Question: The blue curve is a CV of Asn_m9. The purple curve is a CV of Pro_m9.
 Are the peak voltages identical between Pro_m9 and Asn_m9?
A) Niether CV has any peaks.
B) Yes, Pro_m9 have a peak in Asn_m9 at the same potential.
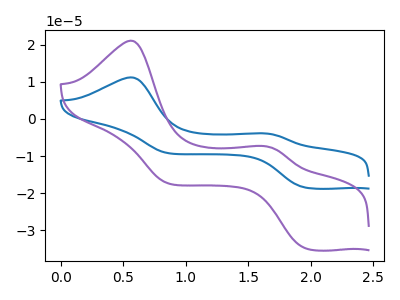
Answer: <think>The blue curve "Asn_m9" has anodic peaks at (0.55V, 11.20uA) (1.65V, -3.90uA) and cathodic peaks at (1.95V, -18.50uA) (0.85V, -9.20uA). The purple curve "Pro_m9" has anodic peaks at (0.55V, 21.05uA) (1.65V, -7.30uA) and cathodic peaks at (1.95V, -34.80uA) (0.85V, -17.35uA).</think>
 <answer>B) Yes, "Pro_m9" have a peak in "Asn_m9" at the same potential.</answer>
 <eval>B</eval>